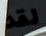
لقد